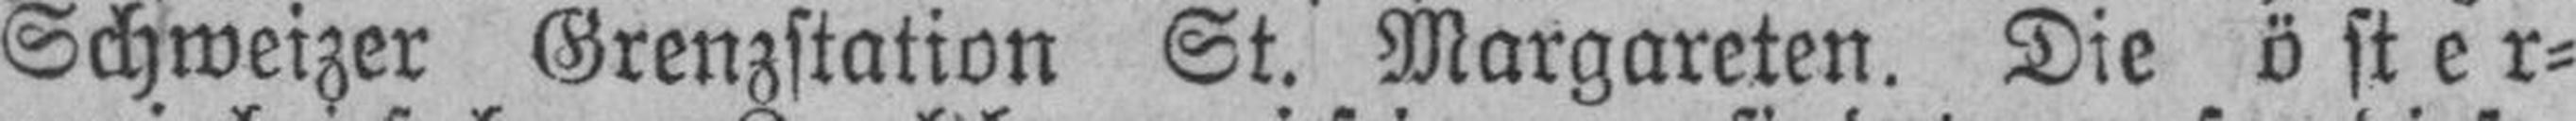
Schweizer Grenzstation St. Margareten. Die öster¬